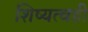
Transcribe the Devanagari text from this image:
शिष्यत्वही